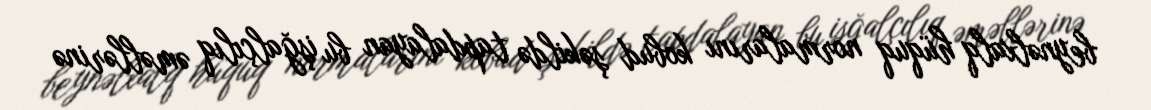
beynəlxalq hüquq normalarını kobud şəkildə tapdalayan bu işğalçılıq əməllərinə